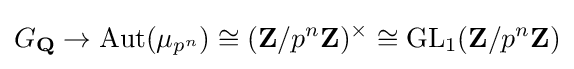
G_{\mathbf {Q} }\to \mathrm {Aut} (\mu _{p^{n}})\cong (\mathbf {Z} /p^{n}\mathbf {Z} )^{\times }\cong \mathrm {GL} _{1}(\mathbf {Z} /p^{n}\mathbf {Z} )